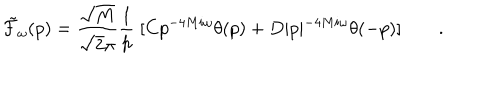
{ \tilde { \cal F } } _ { \omega } ( p ) = { \frac { \sqrt { M } } { \sqrt { 2 } \pi } } { \frac { 1 } { p } } \; [ C p ^ { - 4 M i \omega } \theta ( p ) + D \vert p \vert ^ { - 4 M i \omega } \theta ( - p ) ] \qquad .